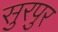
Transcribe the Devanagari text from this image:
सुरपुर